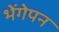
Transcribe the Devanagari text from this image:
भेंगेपन